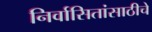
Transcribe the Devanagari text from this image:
निर्वासितांसाठीचे